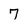
Character: 7